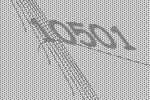
10501